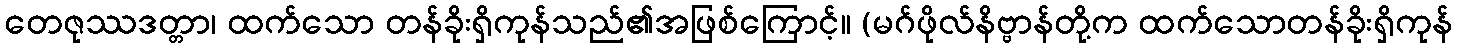
တေဇုဿဒတ္တာ၊ ထက်သော တန်ခိုးရှိကုန်သည်၏အဖြစ်ကြောင့်။ (မဂ်ဖိုလ်နိဗ္ဗာန်တို့က ထက်သောတန်ခိုးရှိကုန်